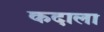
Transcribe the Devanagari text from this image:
कदाला